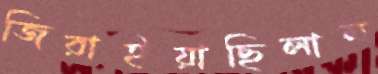
জিরাইয়াছিলাম